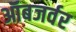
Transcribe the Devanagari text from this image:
ऑबजर्वर